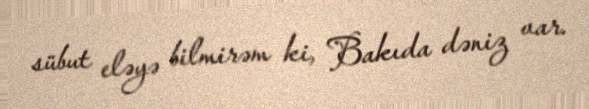
sübut eləyə bilmirəm ki, Bakıda dəniz var.